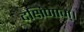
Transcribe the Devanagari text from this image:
दक्षिणाम्‌।